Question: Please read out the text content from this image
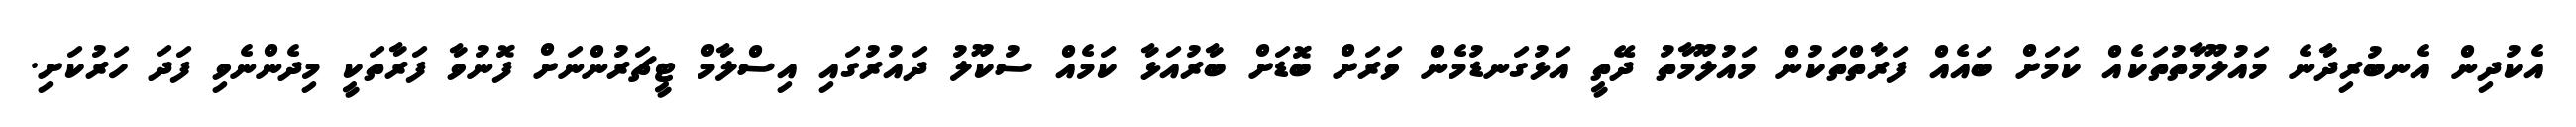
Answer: އެކުދިން އެނބުރިދާނެ މައުލޫމާތުތަކެއް ކަމަށް ބައެއް ފަރާތްތަކުން މައުލޫމާތު ދޭތީ އަޅުގަނޑުމެން ވަރަށް ބޮޑަށް ބާރުއަޅާ ކަމެއް ސުކޫލު ދައުރުގައި އިސްލާމް ޓީޗަރުންނަށް ފޮނުވާ ފަރާތަކީ މިދެންނެވި ފަދަ ހަރުކަށި.